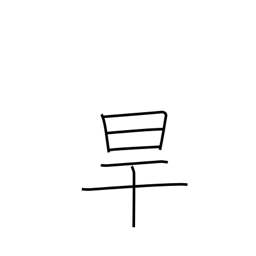
Meaning: drought